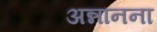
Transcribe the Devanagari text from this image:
अन्नानना